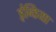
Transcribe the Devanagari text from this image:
इंन्डिया